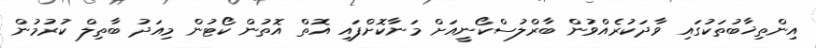
އިންތިޚާބުތަކުގައި ވާދަކުރެއްވުން ބާރްލުސްކޯނީއަށް މަނާކޮށްފައި އޮތް އޮތުން ކޯޓުން މިއަދު ބާތިލް ކުރުމުން